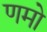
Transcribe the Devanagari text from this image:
णमो